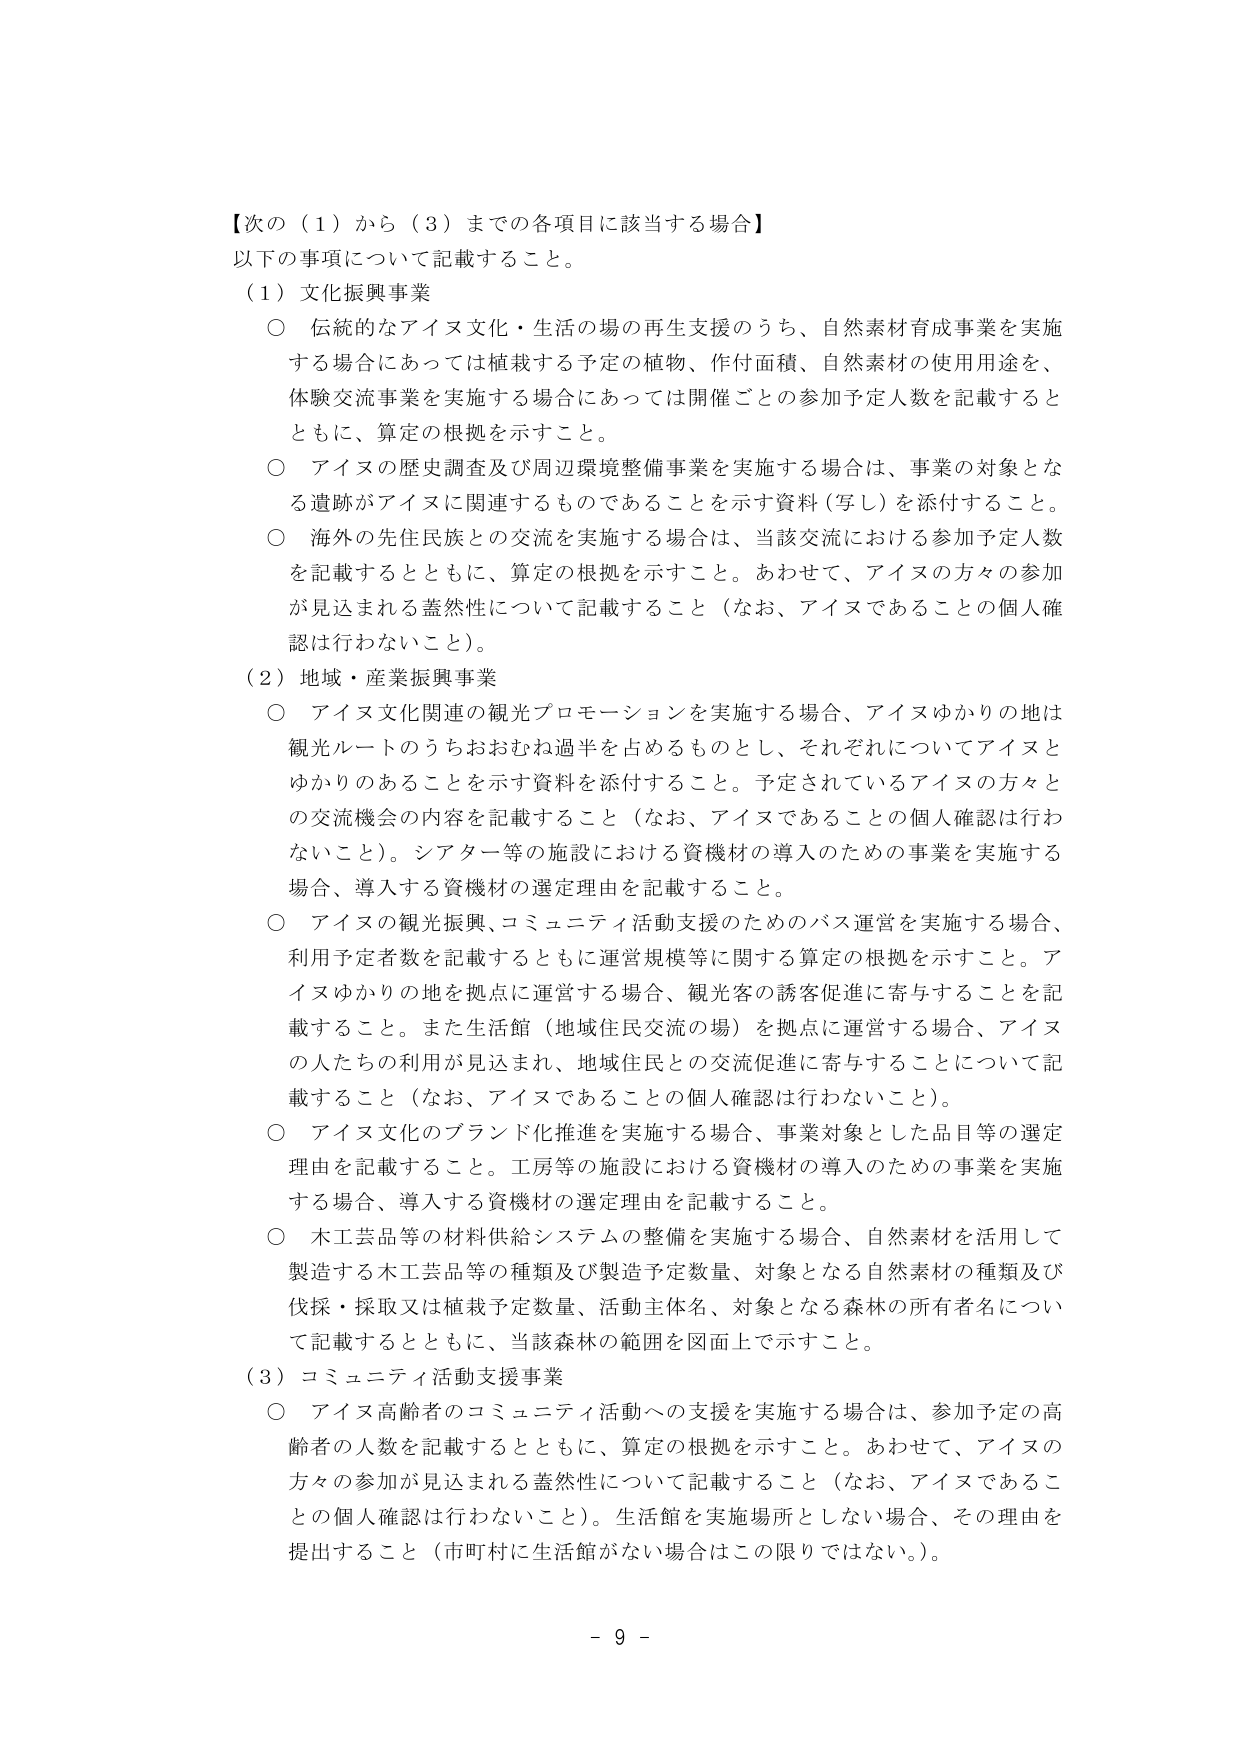
【次の（１）から（３）までの各項目に該当する場合】
以下の事項について記載すること。

（１）文化振興事業
○ 伝統的なアイヌ文化・生活の場の再生支援のうち、自然素材育成事業を実施する場合にあっては植栽する予定の植物、作付面積、自然素材の使用用途を、体験交流事業を実施する場合にあっては開催ごとの参加予定人数を記載するとともに、算定の根拠を示すこと。
○ アイヌの歴史調査及び周辺環境整備事業を実施する場合は、事業の対象となる遺跡がアイヌに関連するものであることを示す資料（写し）を添付すること。
○ 海外の先住民族との交流を実施する場合は、当該交流における参加予定人数を記載するとともに、算定の根拠を示すこと。あわせて、アイヌの方々の参加が見込まれる蓋然性について記載すること（なお、アイヌであることの個人確認は行わないこと）。

（２）地域・産業振興事業
○ アイヌ文化関連の観光プロモーションを実施する場合、アイヌゆかりの地は観光ルートのうちおおむね過半を占めるものとし、それぞれについてアイヌとゆかりのあることを示す資料を添付すること。予定されているアイヌの方々との交流機会の内容を記載すること（なお、アイヌであることの個人確認は行わないこと）。シアター等の施設における資機材の導入のための事業を実施する場合、導入する資機材の選定理由を記載すること。
○ アイヌの観光振興、コミュニティ活動支援のためのバス運営を実施する場合、利用予定者数を記載するとともに運営規模等に関する算定の根拠を示すこと。アイヌゆかりの地を拠点に運営する場合、観光客の誘客促進に寄与することを記載すること。また生活館（地域住民交流の場）を拠点に運営する場合、アイヌの人たちの利用が見込まれ、地域住民との交流促進に寄与することについて記載すること（なお、アイヌであることの個人確認は行わないこと）。
○ アイヌ文化のブランド化推進を実施する場合、事業対象とした品目等の選定理由を記載すること。工房等の施設における資機材の導入のための事業を実施する場合、導入する資機材の選定理由を記載すること。
○ 木工芸品等の材料供給システムの整備を実施する場合、自然素材を活用して製造する木工芸品等の種類及び製造予定数量、対象となる自然素材の種類及び伐採・採取又は植栽予定数量、活動主体名、対象となる森林の所有者名について記載するとともに、当該森林の範囲を図面上で示すこと。

（３）コミュニティ活動支援事業
○ アイヌ高齢者のコミュニティ活動への支援を実施する場合は、参加予定の高齢者の人数を記載するとともに、算定の根拠を示すこと。あわせて、アイヌの方々の参加が見込まれる蓋然性について記載すること（なお、アイヌであることの個人確認は行わないこと）。生活館を実施場所としない場合、その理由を提出すること（市町村に生活館がない場合はこの限りではない）。

- 9 -